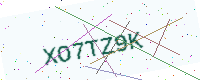
Text: XO7TZ9K